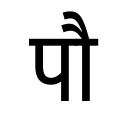
OCR:
पौ